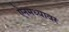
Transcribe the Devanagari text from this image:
ऐनमध्यावर